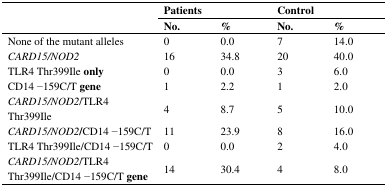
<table><thead><tr><td></td><td colspan="2"><b>Patients</b></td><td colspan="2"><b>Control</b></td></tr><tr><td></td><td><b>No.</b></td><td><b>%</b></td><td><b>No.</b></td><td><b>%</b></td></tr></thead><tbody><tr><td>None of the mutant alleles</td><td>0</td><td>0.0</td><td>7</td><td>14.0</td></tr><tr><td><i>CARD15/NOD2</i></td><td>16</td><td>34.8</td><td>20</td><td>40.0</td></tr><tr><td>TLR4 Thr399Ile <b>only</b></td><td>0</td><td>0.0</td><td>3</td><td>6.0</td></tr><tr><td>CD14 −159C/T <b>gene</b></td><td>1</td><td>2.2</td><td>1</td><td>2.0</td></tr><tr><td><i>CARD15/NOD2</i>/TLR4 Thr399Ile</td><td>4</td><td>8.7</td><td>5</td><td>10.0</td></tr><tr><td><i>CARD15/NOD2</i><b>/</b>CD14 −159C/T</td><td>11</td><td>23.9</td><td>8</td><td>16.0</td></tr><tr><td>TLR4 Thr399Ile/CD14 −159C/T <i>CARD15/NOD2</i>/TLR4</td><td>0</td><td>0.0</td><td>2</td><td>4.0</td></tr><tr><td>Thr399Ile/CD14 −159C/T <b>gene</b></td><td>14</td><td>30.4</td><td>4</td><td>8.0</td></tr></tbody></table>